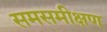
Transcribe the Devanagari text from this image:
समसमीक्षण